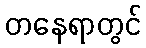
တနေရာတွင်